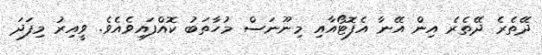
ދޭތެރެ ދޭތެރެ އިން އޭނާ އެފޮޓޯއާއި މިނޫނަސް މުހާތަބު ކޮއްފައިވެއެވެ. ވީއިރު މިފަދަ